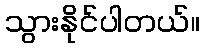
သွားနိုင်ပါတယ်။